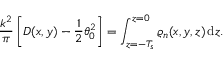
\frac { k ^ { 2 } } { \pi } \left[ D ( x , y ) - \frac { 1 } { 2 } \theta _ { 0 } ^ { 2 } \right] = \int _ { z = - T _ { s } } ^ { z = 0 } \varrho _ { n } ( x , y , z ) \, \mathrm { d } z .